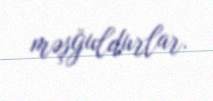
məşğuldurlar.